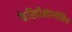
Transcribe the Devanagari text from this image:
फेरिहीमोग्लोबिन